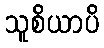
သူစိယာပိ